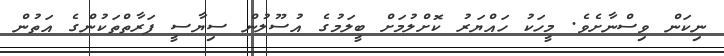
ނިކަން ވިސްނާށެވެ. މީހަކު ހައްޔަރު ކޮށްލުމަށް ބީލަމުގެ އުސޫލުން ސިޔާސީ ފަރާތްތަކުންގެ އަތުން